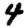
Digit: 4